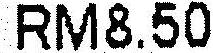
RM8.50